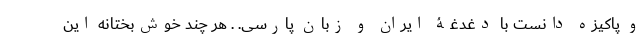
و پاکیزه دانست با دغدغۀ ایران و زبان پارسی. . هر چند خوش‌بختانه این